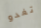
تغدو